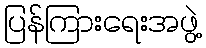
ပြန်ကြားရေးအဖွဲ့